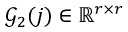
\mathcal { G } _ { 2 } ( j ) \in \mathbb { R } ^ { r \times r }